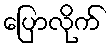
ပြောလိုက်